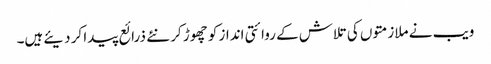
ویب نے ملازمتوں کی تلاش کے روائتی انداز کو چھوڑ کر نئے ذرائع پیدا کر دیئےہیں۔